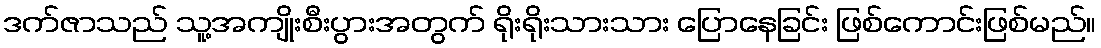
ဒက်ဇာသည် သူ့အကျိုးစီးပွားအတွက် ရိုးရိုးသားသား ပြောနေခြင်း ဖြစ်ကောင်းဖြစ်မည်။